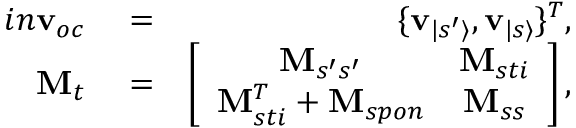
\begin{array} { r l r } { i n \mathbf { v } _ { o c } } & { { } = } & { \{ \mathbf { v } _ { | s ^ { \prime } \rangle } , \mathbf { v } _ { | s \rangle } \} ^ { T } , } \\ { \mathbf { M } _ { t } } & { { } = } & { \left[ \begin{array} { c c } { \mathbf { M } _ { s ^ { \prime } s ^ { \prime } } } & { \mathbf { M } _ { s t i } } \\ { \mathbf { M } _ { s t i } ^ { T } + \mathbf { M } _ { s p o n } } & { \mathbf { M } _ { s s } } \end{array} \right] , } \end{array}